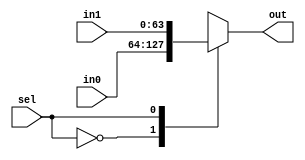
`timescale 1ns / 1ps
//////////////////////////////////////////////////////////////////////////////////
// Company: CECS 530 - FALL 2020
// 
// Design Name: 
// Module Name: mux_2to1
// Project Name: 
// Target Devices: 
// Tool Versions: 
// Description: 
// 
// Dependencies: 
// 
// Revision:
// Revision 0.01 - File Created
// Additional Comments:
// 
//////////////////////////////////////////////////////////////////////////////////


module mux_2to1(sel, in0, in1, out);

input sel;
input   [63:0] in0;
input  [63:0] in1;
output reg [63:0]  out;


always@(sel, in0, in1)
 case(sel)
  0: out <= in0;
  1: out <= in1;
  default: out <= in0;
  endcase
endmodule